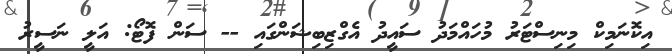
އިކޮނަމިކް މިނިސްޓަރު މުހައްމަދު ސައީދު އެގްޒިބިޝަންގައި -- ސަން ފޮޓޯ: އަލީ ނަސީރު